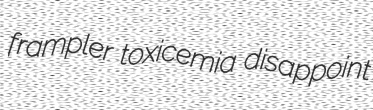
frampler toxicemia disappoint